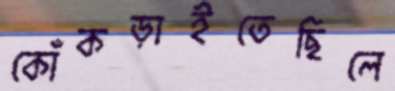
কোঁকড়াইতেছিলে